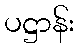
ပဋ္ဌာန်း